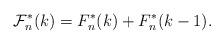
LaTeX: \begin{align*}\mathcal{F}_n^\ast(k) = F_n^\ast(k) + F_n^\ast(k - 1).\end{align*}